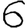
Digit: 6